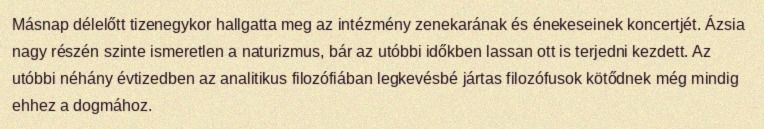
Másnap délelőtt tizenegykor hallgatta meg az intézmény zenekarának és énekeseinek koncertjét. Ázsia nagy részén szinte ismeretlen a naturizmus, bár az utóbbi időkben lassan ott is terjedni kezdett. Az utóbbi néhány évtizedben az analitikus filozófiában legkevésbé jártas filozófusok kötődnek még mindig ehhez a dogmához.